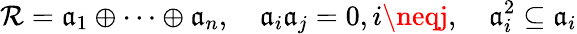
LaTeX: \mathcal{R}={\mathfrak{{a}}}_{1}\oplus\cdots\oplus{\mathfrak{{a}}}_{n},\quad{\mathfrak{{a}}}_{i}{\mathfrak{{a}}}_{j}=0,i\neqj,\quad{\mathfrak{{a}}}_{i}^{2}\subseteq{\mathfrak{{a}}}_{i}